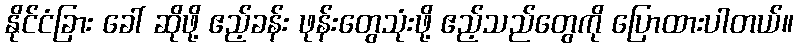
နိုင်ငံခြား ခေါ် ဆိုဖို့ ဧည့်ခန်း ဖုန်းတွေသုံးဖို့ ဧည့်သည်တွေကို ပြောထားပါတယ်။